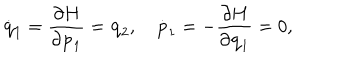
LaTeX: \dot { \bf q } _ { 1 } = { \frac { \partial H } { \partial { \bf p } _ { 1 } } } = { \bf q } _ { 2 } , \quad \dot { \bf p } _ { 1 } = - { \frac { \partial H } { \partial { \bf q } _ { 1 } } } = 0 ,